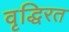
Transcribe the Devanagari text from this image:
वृद्धिरत